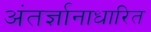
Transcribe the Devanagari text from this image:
अंतर्ज्ञानाधारित